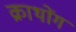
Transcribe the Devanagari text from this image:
क्राथोंग